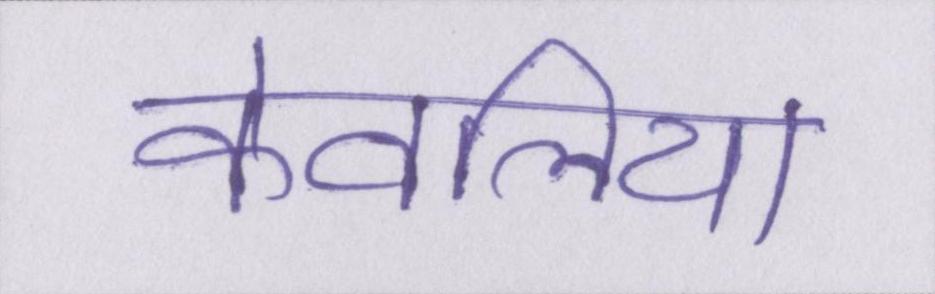
केवलिया